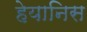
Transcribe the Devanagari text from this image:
हेयानिस